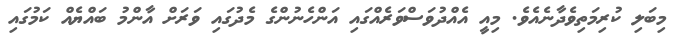
މިބަލި ކުރިމަތިވެދާނެއެވެ. މިއީ އެއްދުވަސްވަރެއްގައި އަންހެނުންގެ މެދުގައި ވަރަށް އާންމު ބައްޔެއް ކަމުގައި